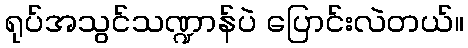
ရုပ်အသွင်သဏ္ဍာန်ပဲ ပြောင်းလဲတယ်။